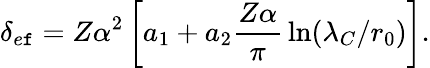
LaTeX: \delta_{e\mathtt{f}}=Z\alpha^{2}\left[a_{1}+a_{2}{\frac{{Z\alpha}}{{\pi}}}\ln(\lambda_{C}/r_{0})\right].